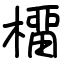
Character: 橊